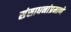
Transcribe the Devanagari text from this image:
संसाधनांप्रमाणे